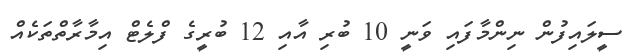
ސީލައިފުން ނިންމާފައި ވަނީ 10 ބުރި އާއި 12 ބުރީގެ ފްލެޓް އިމާރާތްތަކެއް